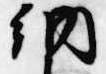
納